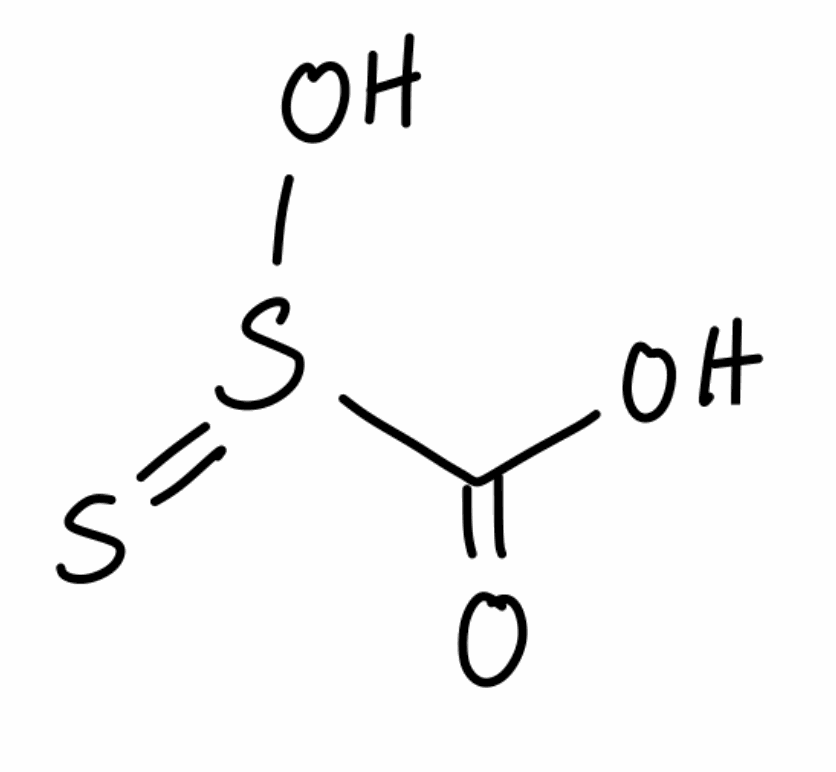
Simplified molecular-input line-entry system (SMILES) notation of the given molecule:
C(=O)(O)S(=S)O